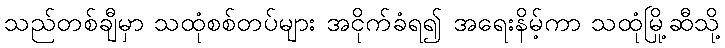
သည်တစ်ချီမှာ သထုံစစ်တပ်များ အငိုက်ခံရ၍ အရေးနိမ့်ကာ သထုံမြို့ဆီသို့